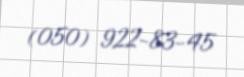
(050) 922-83-45